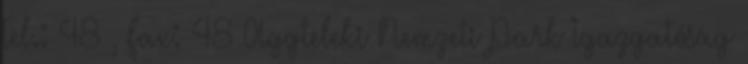
Tel.: 48 , Fax: 48 Aggteleki Nemzeti Park Igazgatóság